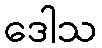
ဒေါသ